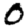
Digit: 0